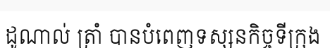
ដូណាល់ ត្រាំ បានបំពេញទស្សនកិច្ចទីក្រុង